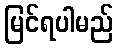
မြင်ရပါမည်